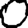
Digit: 0